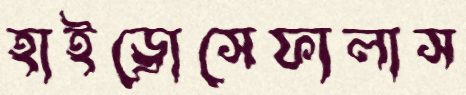
হাইড্রোসেফালাস